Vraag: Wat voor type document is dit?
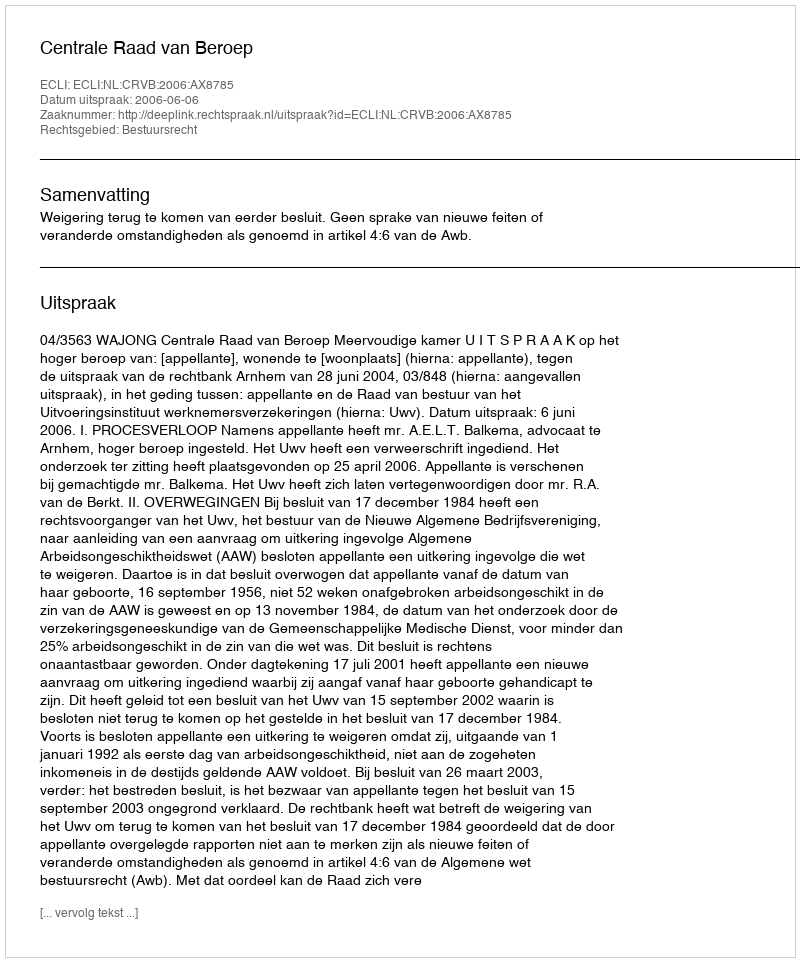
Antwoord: Uitspraak